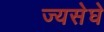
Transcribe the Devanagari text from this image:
ज्यसेघे